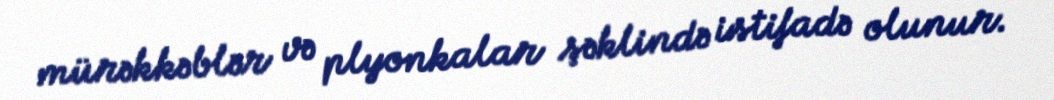
mürəkkəblər və plyonkalar şəklində istifadə olunur.